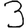
Digit: 3